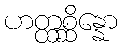
ဟတ္ထစ္ဆိန္နော